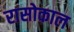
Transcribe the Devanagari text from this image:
रासोकाल